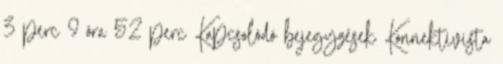
3 perc 9 óra 52 perc Kapcsolódó bejegyzések Konnektivista